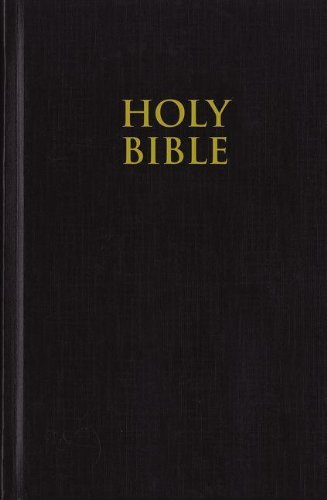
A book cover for Holy Bible, King James Version; Zondervan; Christian Books & Bibles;